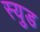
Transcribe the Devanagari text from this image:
स्युड